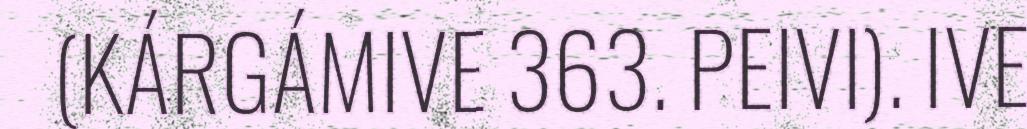
(KÁRGÁMIVE 363. PEIVI). IVE